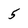
Character: 5